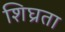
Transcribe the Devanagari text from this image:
शिघ्रता